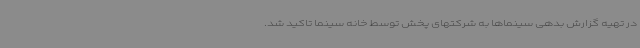
در تهیه گزارش بدهی سینماها به شرکتهای پخش توسط خانه سینما تاکید شد.